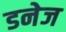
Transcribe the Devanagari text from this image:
डनेज